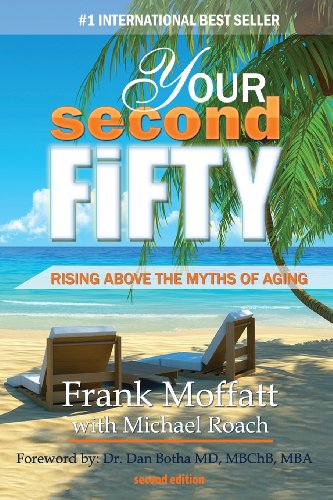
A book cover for Your Second Fifty Rising Above the Myths of Aging; Frank T. Moffatt; Health, Fitness & Dieting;